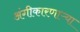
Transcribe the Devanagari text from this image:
अंगीकारणाऱ्या